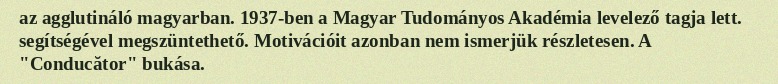
az agglutináló magyarban. 1937-ben a Magyar Tudományos Akadémia levelező tagja lett. segítségével megszüntethető. Motivációit azonban nem ismerjük részletesen. A "Conducător" bukása.